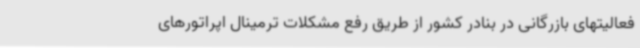
فعالیتهای بازرگانی در بنادر کشور از طریق رفع مشکلات ترمینال اپراتورهای